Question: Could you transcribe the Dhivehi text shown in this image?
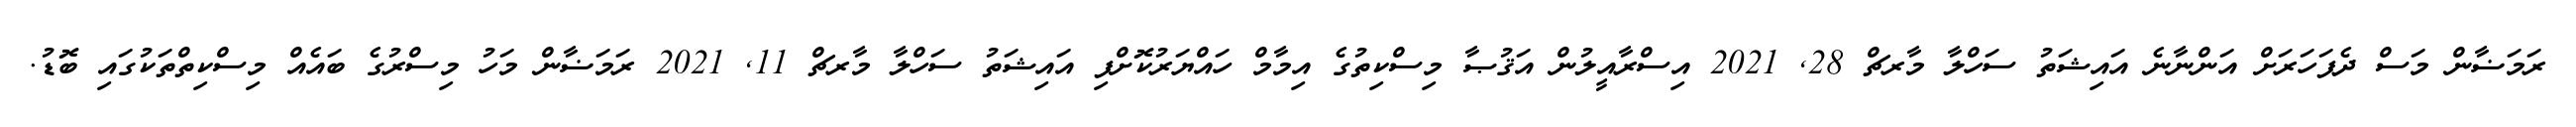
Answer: ރަމަޟާން މަސް ދެފަހަރަށް އަންނާނެ އައިޝަތު ސަހްލާ މާރޗް 28, 2021 އިސްރާއީލުން އަޤުޞާ މިސްކިތުގެ އިމާމް ހައްޔަރުކޮށްފި އައިޝަތު ސަހްލާ މާރޗް 11, 2021 ރަމަޟާން މަހު މިސްރުގެ ބައެއް މިސްކިތްތަކުގައި ބޮޑު.